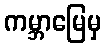
ကမ္ဘာမြေမှ